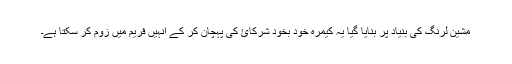
مشین لرنگ کی بنیاد پر بنایا گیا یہ کیمرہ خود بخود شرکائ کی پہچان کر کے انہیں فریم میں زوم کر سکتا ہے۔